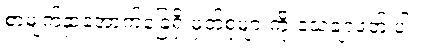
စာမျက်နှာအောက်ခြေရှိ မှတ်စုများကို သေချာဖတ် ပါ။